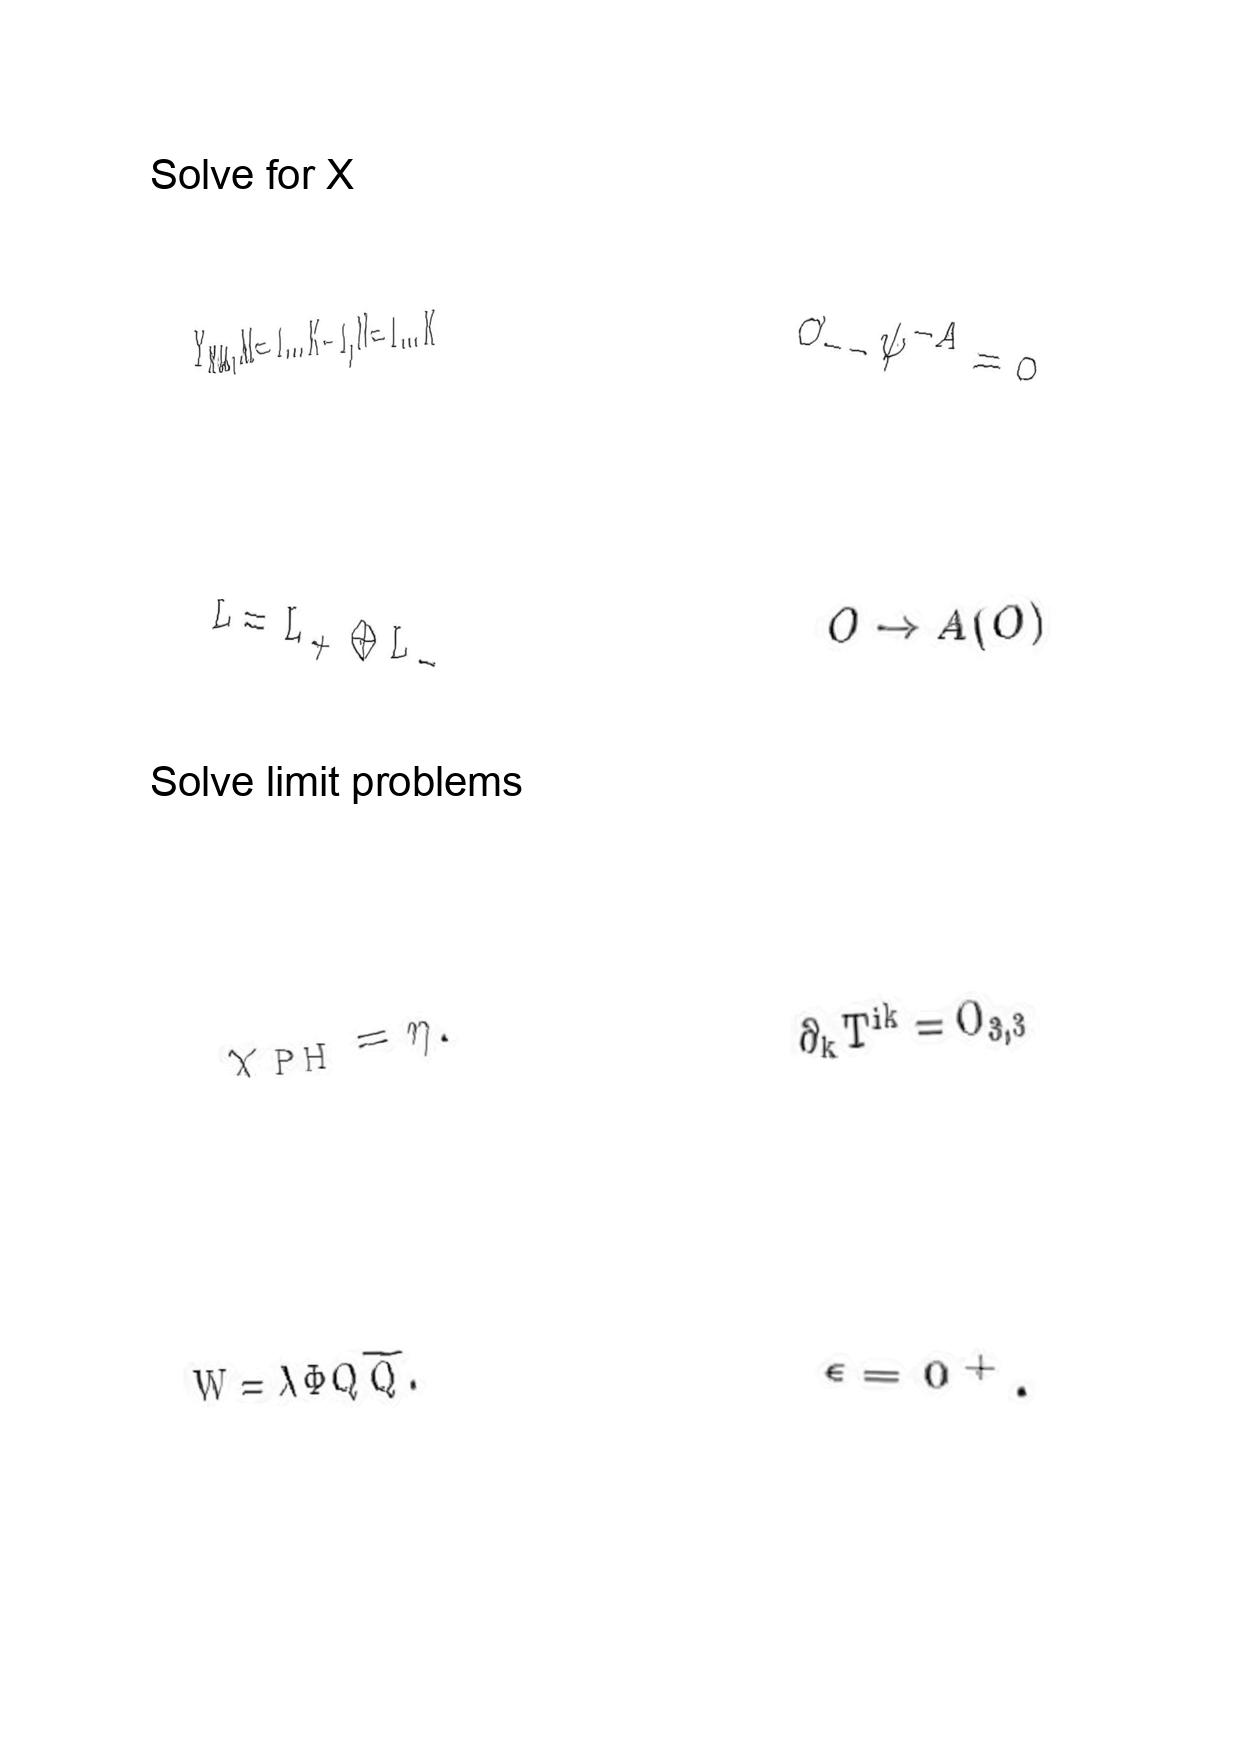
LaTeX transcription:
Y _ { N M } , M = 1 \ldots K - 1 , N = 1 \ldots K
L = L _ { + } \oplus L _ { - }
\chi _ { \mathrm { P H } } = \eta .
W = \lambda \Phi Q \tilde { Q } .
\partial _ { - - } \psi ^ { - A } = 0
O \rightarrow A \lparen O \rparen
\partial _ { k } T ^ { i k } = O _ { 3 , 3 }
\epsilon = 0 ^ { + } .